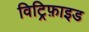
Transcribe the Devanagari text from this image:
विट्रिफ़ाइड